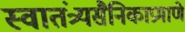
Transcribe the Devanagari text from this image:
स्वातंत्र्यसैनिकाप्रमाणे